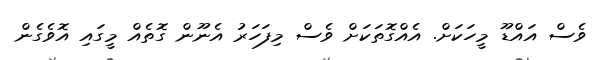
ވެސް އައްޑޫ މީހަކަށް. އެއްގޮތަކަށް ވެސް މިފަހަރު އެނޫން ގޮތެއް މީގައި އޮވެގެން